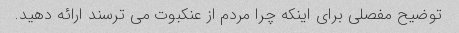
توضیح مفصلی برای اینکه چرا مردم از عنکبوت می ترسند ارائه دهید.